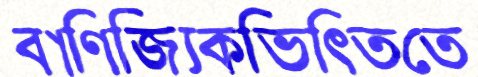
বাণিজ্যিকভিত্তিতে